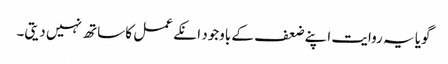
گویا یہ روایت اپنے ضعف کے باوجود انکے عمل کا ساتھ نہیں دیتی۔